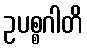
ဥပစ္စဂါတိ